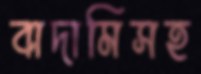
বাদামিসহ